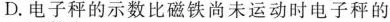
D.电子秤的示数比磁铁尚未运动时电子秤的